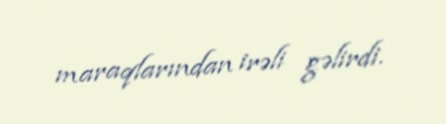
maraqlarından irəli gəlirdi.